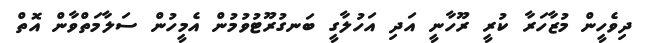
ދިވެހީން މުޒާހަރާ ކުރީ ރޫހާނީ އަދި އަހުލާގީ ބަނގުރޫޓުވުމުން އެމީހުން ސަލާމަތްވާން އޮތް